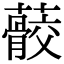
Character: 䕧